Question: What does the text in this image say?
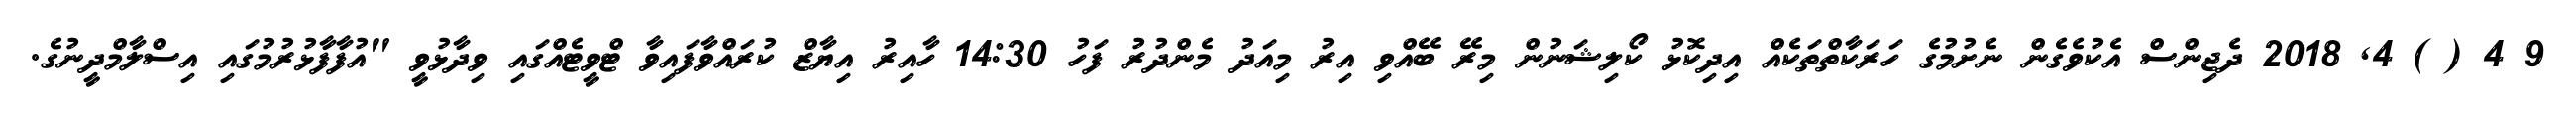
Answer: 9 4 ( ) 4, 2018 ދެޖިންސް އެކުވެގެން ނެށުމުގެ ހަރަކާތްތަކެއް އިދިކޮޅު ކޯލިޝަނުން މިރޭ ބޭއްވި އިރު މިއަދު މެންދުރު ފަހު 14:30 ހާއިރު އިޔާޒް ކުރައްވާފައިވާ ޓްވީޓެއްގައި ވިދާޅުވީ "އުފާފާޅުރުމުގައި އިސްލާމްދީނުގެ.